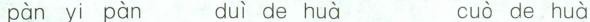
pàn yi pàn duì de huà cuo de huà